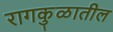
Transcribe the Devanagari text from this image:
रागकुळातील